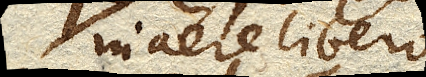
in aere libero